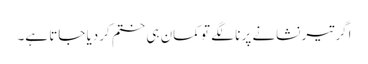
اگر تیر نشانے پر نا لگے تو کمان ہی ختم کردیا جاتا ہے۔